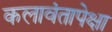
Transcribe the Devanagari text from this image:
कलावंतापेक्षा